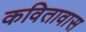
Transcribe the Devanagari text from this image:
कवितावास